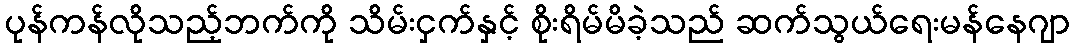
ပုန်ကန်လိုသည့်ဘက်ကို သိမ်းငှက်နှင့် စိုးရိမ်မိခဲ့သည် ဆက်သွယ်ရေးမန်နေဂျာ